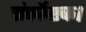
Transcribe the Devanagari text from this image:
संपर्केष्टक।